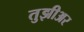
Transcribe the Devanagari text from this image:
तुझीअर